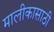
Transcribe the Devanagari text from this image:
मालीकासाठी